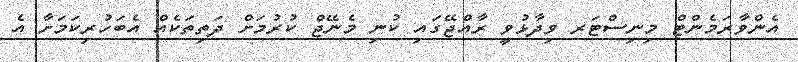
އެންވާރަމެންޓް މިނިސްޓަރ ވިދާޅުވީ ރާއްޖޭގައި ކުނި މެނޭޖް ކުރުމަށް ދަތިތަކެއް އެބަހުރިކަމަށާ އެ